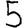
Digit: 5